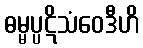
ဓမ္မပ္ပဋိသံဝေဒီဟိ